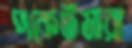
পকেটমারা